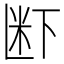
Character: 𮇊